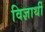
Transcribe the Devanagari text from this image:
विज्ञार्थी